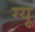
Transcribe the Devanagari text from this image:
ग्यू